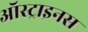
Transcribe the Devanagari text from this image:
ऑस्ट्राइनस